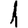
Digit: 1